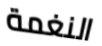
النغمة